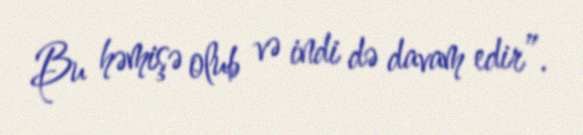
Bu həmişə olub və indi də davam edir”.